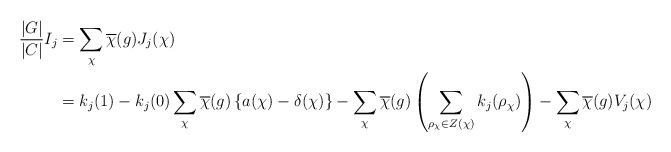
LaTeX: \begin{align*} \frac{|G|}{|C|} I_j &= \sum_{\chi} \overline{\chi}(g)J_j(\chi) \\ &= k_j(1)-k_j(0) \sum_{\chi} \overline{\chi}(g)\left\{a(\chi)-\delta(\chi)\right\} -\sum_{\chi} \overline{\chi}(g)\left(\sum_{\rho_{\chi} \in Z(\chi)} k_j(\rho_{\chi})\right) -\sum_{\chi} \overline{\chi}(g)V_j(\chi)\end{align*}